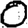
Digit: 0